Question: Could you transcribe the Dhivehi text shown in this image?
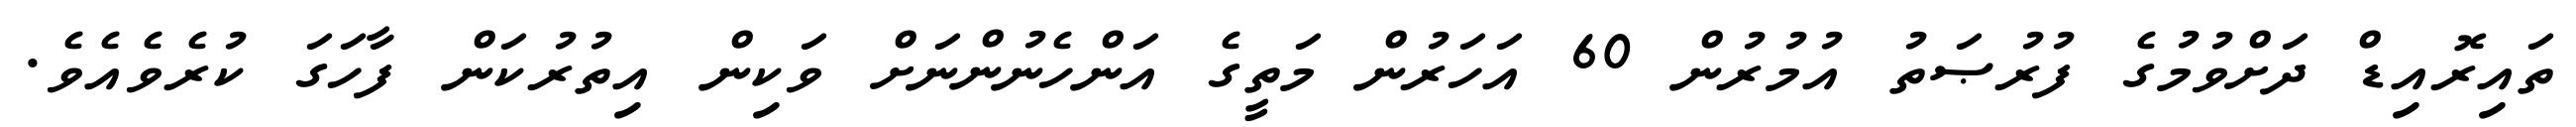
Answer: ތައިރޮއިޑް ދަށްވުމުގެ ފުރުޞަތު އުމުރުން 60 އަހަރުން މަތީގެ އަންހެނުންނަށް ވަކިން އިތުރުކަން ފާހަގަ ކުރެވެއެވެ.